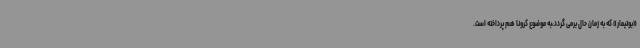
«بوتیمار» که به زمان حال برمی گردد،به موضوع کرونا هم پرداخته است.